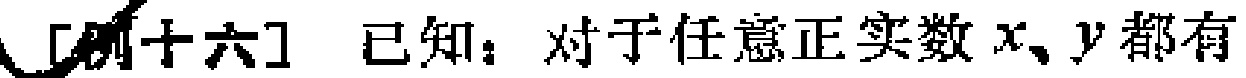
[例十六] 已知：对于任意正实数 \(x、y\) 都有